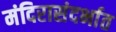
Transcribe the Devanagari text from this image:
मंदिरासंदर्भात